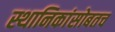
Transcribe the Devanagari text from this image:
स्थानिकांसोबतच